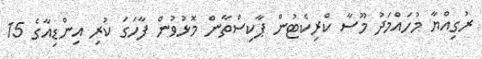
ރުގިއްޔާ މުހައްމަދު މޫސާ ކްރިކެޓުން ޕާކިސްތާން މޮޅުވުން ފާހަގަ ކުރި އިންޑިއާގެ 15